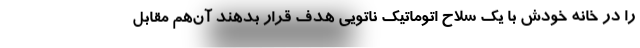
را در خانه خودش با یک سلاح اتوماتیک ناتویی هدف قرار بدهند آن‌هم مقابل